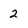
Character: 2